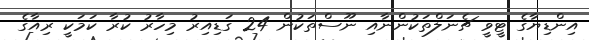
އިންޑިޔާގެ ޓީވީ ޗެނަލްތަކުންނާއި ނޫސްތަކުން 24 ގަޑިއިރު މިހާރު ކުރާ ކަމަކީ ރިއާގެ